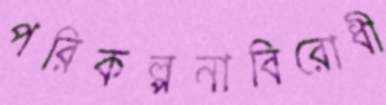
পরিকল্পনাবিরোধী